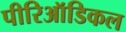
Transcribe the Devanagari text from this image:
पीरिऑडिकल